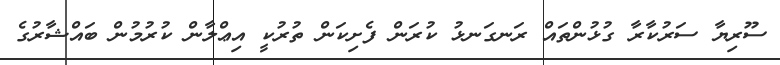
ސޫރިޔާ ސަރުކާރާ ގުޅުންތައް ރަނގަނޅު ކުރަން ފެށިކަން ތުރުކީ އިޢްލާން ކުރުމުން ބައްޝާރުގެ